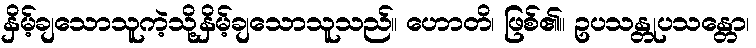
နှိမ့်ချသောသူကဲ့သို့နှိမ့်ချသောသူသည်။ ဟောတိ၊ ဖြစ်၏။ ဥပသန္တုပသန္တော၊